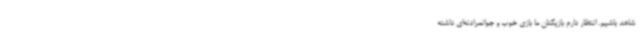
شاهد باشیم. انتظار دارم بازیکنان ما بازی خوب و جوانمرادنه‌ای داشته